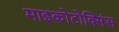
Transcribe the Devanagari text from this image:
माइकोटोक्सिंस